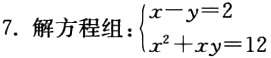
7. 解方程组：\(\begin{cases}x - y = 2 \\x^{2}+xy = 12\end{cases}\)